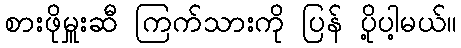
စားဖိုမှူးဆီ ကြက်သားကို ပြန် ပို့ပါ့မယ်။